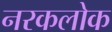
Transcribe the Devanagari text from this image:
नरकलोक